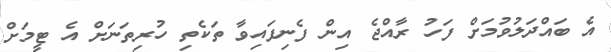
އެ ބައްދަލުވުމަށް ފަހު ރާއްޖެ އިން ފެނިފައިވާ ތަކެތި ހުރިތަނަށް އެ ޓީމަށް